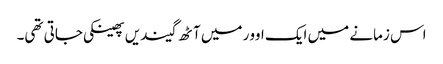
اس زمانے میں ایک اوور میں آٹھ گیندیں پھینکی جاتی تھی۔